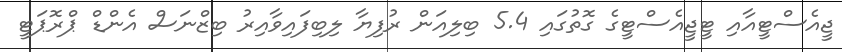
ޖީއެސްޓީއާއި ޓީޖީއެސްޓީގެ ގޮތުގައި 5.4 ބިލިއަން ރުފިޔާ ލިބިފައިވާއިރު ބިޒްނަސް އެންޑް ޕްރޮޕަޓީ